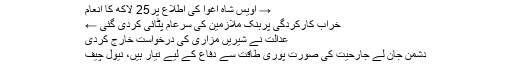
→ اویس شاہ اغوا کی اطلاع پر25 لاکھ کا انعام
خراب کارکردگی پربنک ملازمین کی سرعام پٹائی کردی گئی ←
عدالت نے شیریں مزاری کی درخواست خارج کردی
دشمن جان لے جارحیت کی صورت پوری طاقت سے دفاع کے لیے تیار ہیں، نیول چیف